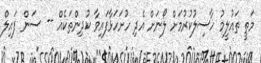
މަތީ ތައުލީމު ހާސިލުކުރުމަށް ލޯނަށް އެދި ހުށަހަޅާފައިވާ ކުދިންތަކެއް -- ސަން ފައިލް